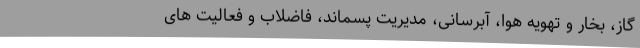
گاز، بخار و تهویه هوا، آبرسانی،‌ مدیریت پسماند، فاضلاب و فعالیت های